Report of the Municipal Commissioner on the plague in Bombay for the year ending 31st May... - Volume 1
Disease focus: Plague
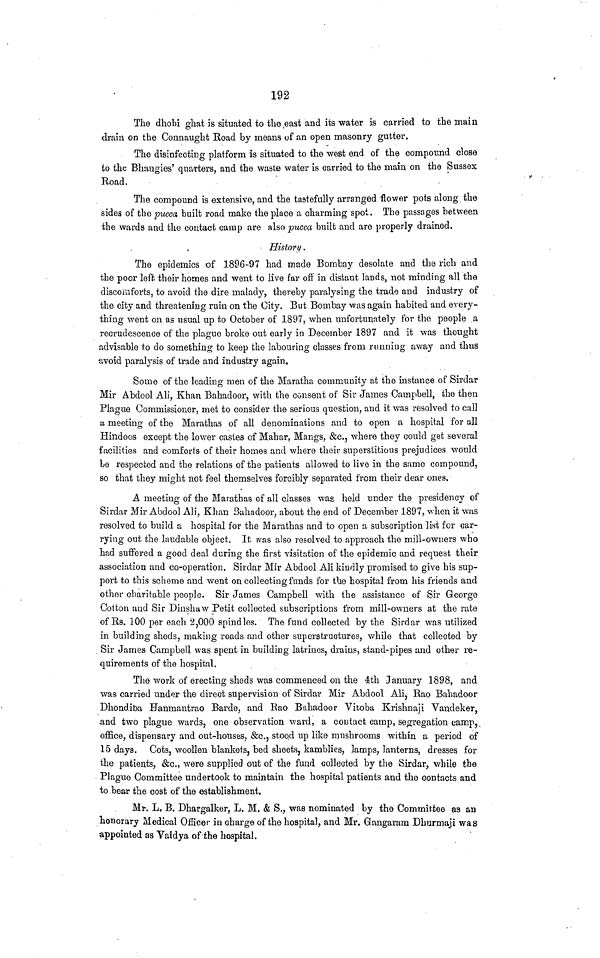
192
The dhobi ghat is situated to the east and its water is carried to the main
drain on the Connaught Road by means of an open masonry gutter.
The disinfecting platform is situated to the west end of the compound close
to the Bhangies' quarters, and the waste water is carried to the main on the Sussex
Road.
The compound is extensive, and the tastefully arranged flower pots along the
sides of the pucca built road make the place a charming spot. The passages between
the wards and the contact camp are also pucea built and are properly drained.
History.
The epidemics of 1896-97 had made Bombay desolate and the rich and
the poor left their homes and went to live far off in distant lands, not minding all the
discomforts, to avoid the dire malady, thereby paralysing the trade and industry of
the city and threatening ruin on the City. But Bombay was again habited and every-
thing went on as usual up to October of 1897, when unfortunately for the people a
recrudescence of the plague broke out early in December 1897 and it was thought
advisable to do something to keep the labouring classes from running away and thus
tivoid paralysis of trade and industry again.
Some of the leading men of the Maratha community at the instance of Sirdar
Mir Abdool Ali, Khan Bahadoor, with the consent of Sir James Campbell, the then
Plague Commissioner, met to consider the serious question, and it was resolved to cull
a meeting of the Marathas of all denominations and to open a hospital for all
Hindoos except the lower castes of Mahar, Mangs, £c., where they could get several
facilities and comforts of their homes and where their superstitious prejudices would
be respected and the relations of the patients allowed to live in the same compound,
so that they might not feel themselves forcibly separated from their dear ones.
A meeting of the Marathas of all classes was held under the presidency of
Sirdar Mir Abdool Ali, Khan Sahadoor, about the end of December 1897, when it was
resolved to build a hospital for the Marathas and to open a subscription list for car-
rying out the laudable object. It was also resolved to approach the mill-owners who
had suffered a good deal during the first visitation of the epidemic and request their
association and co-operation. Sirdar Mir Abdool Ali kindly promised to give his sup-
port to this scheme and went on collecting funds for the hospital from his friends and
other charitable people. Sir James Campbell with the assistance of Sir George
Cotton and Sir Dinshaw Petit collected subscriptions from mill-owners at the rate
of Rs. 100 per each 2,000 spindles. The fund collected by the Sirdar was utilized
in building sheds, making roads and other superstructures, while that collected by
Sir James Campbell was spent in building latrines, drains, stand-pipes and other re-
quirements of the hospital.
The work of erecting sheds was commenced on the 4th January 1898, and
was carried under the direct supervision of Sirdar Mir Abdool Ali, Rao Bahadoor
Dhondiba Hanmantrao Barde, and Rao Bahadoor Vitoba Krishnaji Vancleker,
and two plague wards, one observation ward, a contact camp, segregation camp,
office, dispensary and out-houses, &c., stood up like mushrooms within a period of
15 days. Cots, woollen blankets, bed sheets, kamblies, lamps, lanterns, dresses for
the patients, &c., were supplied out of the fund collected by the Sirdar, while the
Plague Committee undertook to maintain the hospital patients and the contacts and
to bear the cost of the establishment,
Mr. L, B. Dhargalker, L. M. & S., was nominated by the Committee as au
honorary Medical Officer in charge of the hospital, and Mr. Gangaram Dhurmaji was
appointed as Vaidya of the hospital.